Annual report on the mental hospital in the Central Provinces and Berar (Nagpur) - 1927-1951
Year: 1927
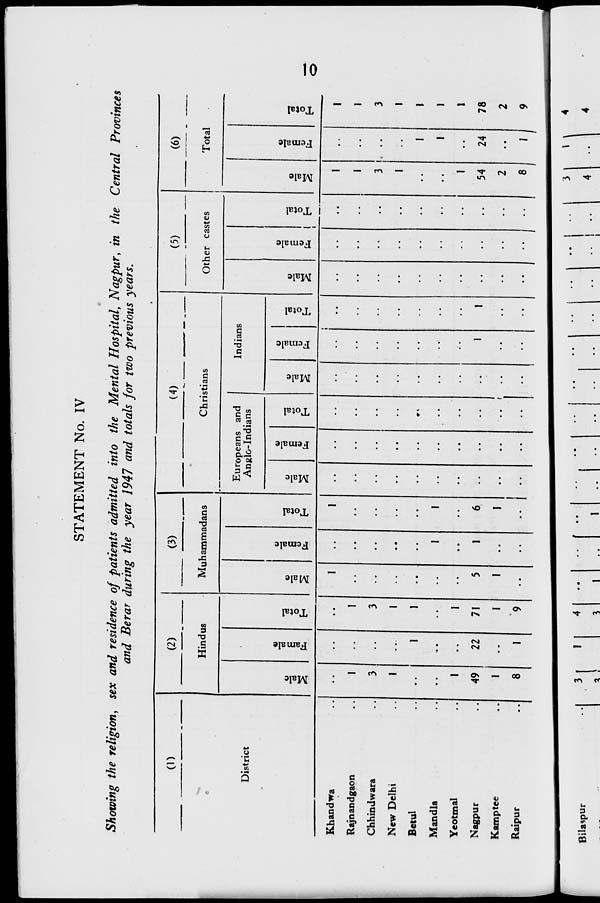
STATEMENT No. IV
Showing the religion, sex and residence of patients admitted into the Mental Hospital, Nagpur, in the Central Provinces
and Berar during the year 1947 and totals for two previous years.
Bilaspur
3
4
3
1
>
\
3
4
(1)
(2)
is
(3)
( 4)
stians
—
(5)
(6)
Total
•
Hindi
Muhammadans
Chri
Other castes
District
g fa
■a
•4-»
O
u
V
s 3
fa
*a
4-1
O
Europeans and
Anglo-Indians
Indians
£
fa
"53
■*->
O
E-
"<3
•—»
s
fa
0)
E s
fa
O
h
J2
JO
s
fa
"e3
*->
o
H
*3 +* o
h
Khandwa
• •
1
1
..
1
1
Rajnandgaon
1
I
••
••
1
. .
1
Chhindwara
3
3
3
• ■
3
New Delhi
1
1
• •
1
1
Betul
• •
1
1
••*
I
1
Mandla
• •
-.
1
1
1
1
Yeotmal
1
• •
1
1
!
Nagpur
49
22
71
5
1
6
I
1
54
24
78
Kamptee
1
••
1
1
••
I
•.. (
2
.,
2
Raipur
8
I
9
-
•• 1
.
••
8 |
»
9
4
4